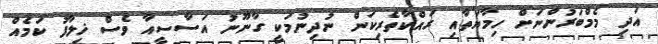
އަދި މެމްބަރުންނަށް ހިމާޔަތާއި ރައްކާތެރިކަން ނުދިނުމަކީ ގާނޫނު އަސާސީއާ ވެސް ޚިލާފު ކަމެއް